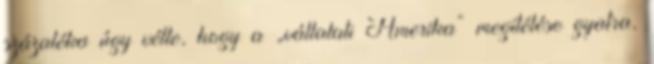
százaléka úgy vélte, hogy a „vállalati Amerika” megítélése gyatra,